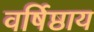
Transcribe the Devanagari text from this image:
वर्षिष्ठाय